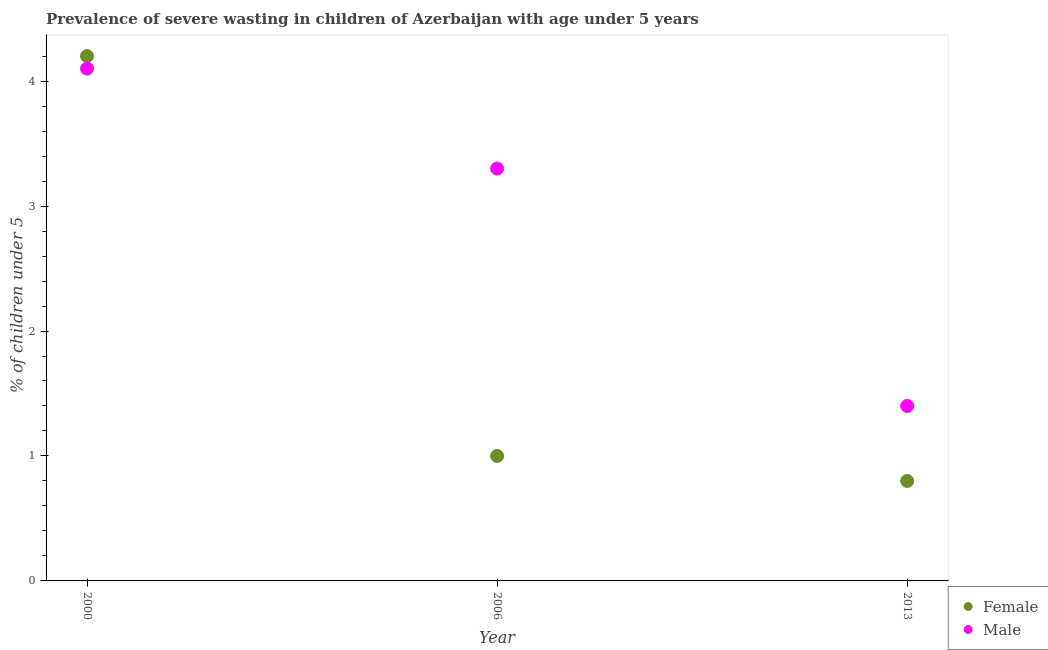
| Year | Female | Male |
 | --- | --- | --- |
 | 2000 | 4.2 | 4.1 |
 | 2006 | 1 | 3.3 |
 | 2013 | 0.8 | 1.4 |